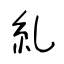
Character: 糺